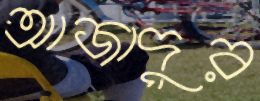
আজাদুর